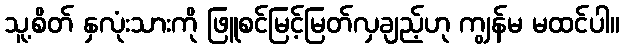
သူ့စိတ် နှလုံးသားကို ဖြူစင်မြင့်မြတ်လှချည့်ဟု ကျွန်မ မထင်ပါ။